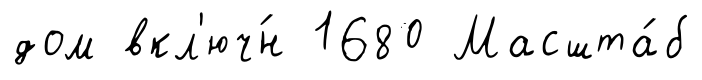
дом вкл'юч́н 1680 Масшта́б